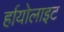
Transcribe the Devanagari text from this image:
र्हायोलाइट